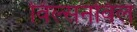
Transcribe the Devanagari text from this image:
विल्सनविल